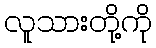
လူသားတို့ကို